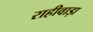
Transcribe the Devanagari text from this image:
राहीवाड़ा